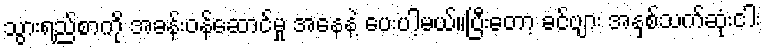
သွားရည်စာကို အခန်းဝန်ဆောင်မှု အနေနဲ့ ပေးပါ့မယ်။ပြီးတော့ ခင်ဗျား အနှစ်သက်ဆုံးငါး